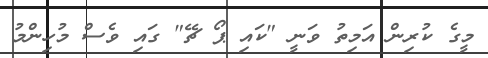
މީގެ ކުރިން އަމިތު ވަނީ "ކައި ޕޯ ޗޭ" ގައި ވެސް މުހިންމު